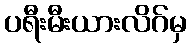
ပရီးမီးယားလိဂ်မှ